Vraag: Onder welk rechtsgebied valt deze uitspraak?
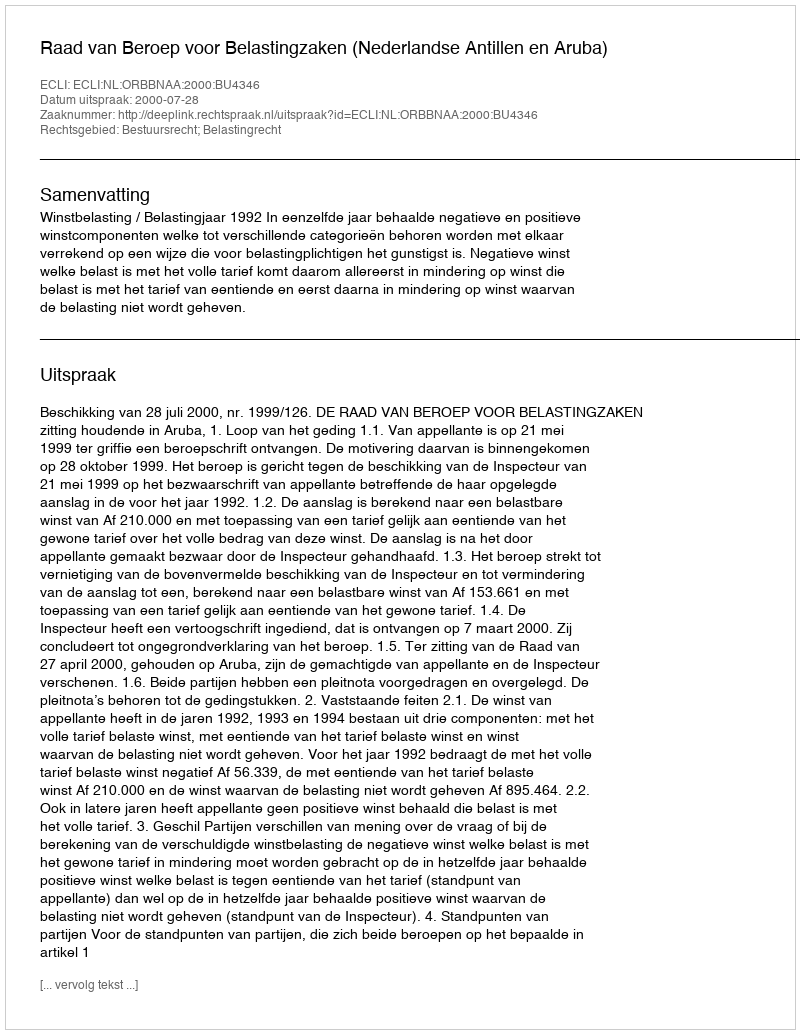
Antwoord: Bestuursrecht; Belastingrecht